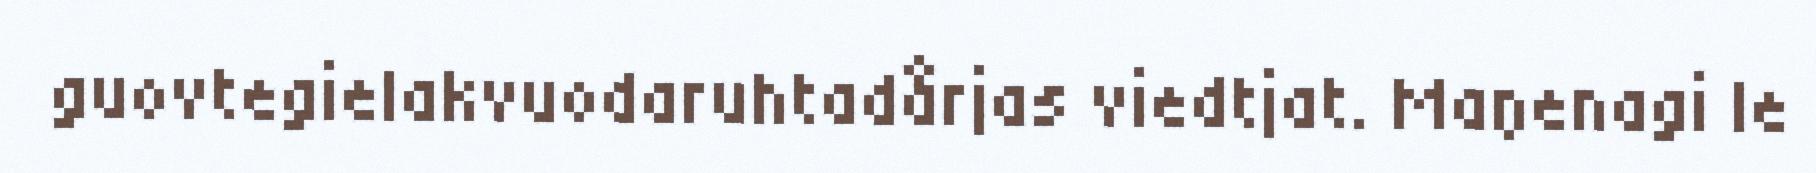
guovtegielakvuodaruhtadårjas viedtjat. Maŋenagi le